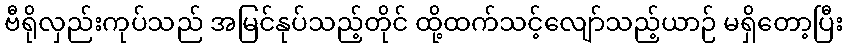
ဗီရိုလှည်းကုပ်သည် အမြင်နုပ်သည့်တိုင် ထို့ထက်သင့်လျော်သည့်ယာဉ် မရှိတော့ပြီး